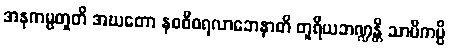
အနုကမ္ပတူတိ အဃတော နဝစီဝရလာဘေနာတိ တူရိယဘဏ္ဍန္တိ သာမိကမ္ပိ